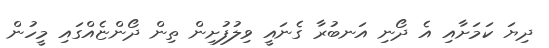
ދިޔަ ކަމަށާއި އެ ދޯނި އަނބުރާ ގެނައީ ވިލުފުށިން ތިން ދޯންޏެއްގައި މީހުން